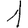
Digit: 1